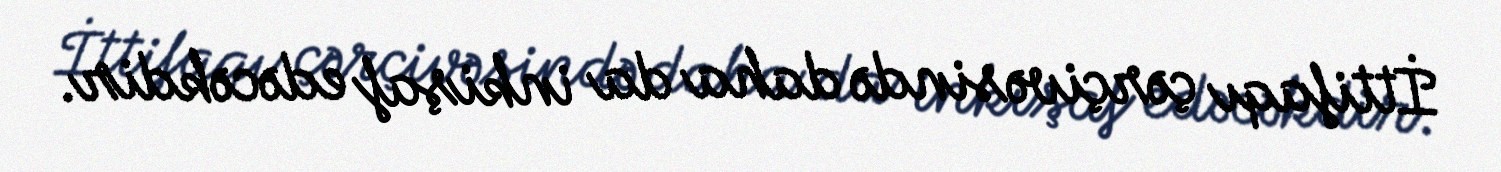
İttifaqı çərçivəsində daha da inkişaf edəcəkdir.